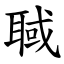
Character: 聝